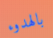
بالهدوء